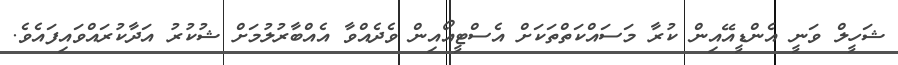
ޝަހީލް ވަނީ އެންޑީއޭއިން ކުރާ މަސައްކަތްތަކަށް އެސްޓީއޯއިން ވެދެއްވާ އެއްބާރުލުމަށް ޝުކުރު އަދާކުރައްވައިފައެވެ.